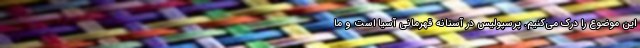
این موضوع را درک می‌کنیم. پرسپولیس در آستانه قهرمانی آسیا است و ما